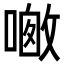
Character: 𪢀